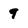
Character: 9